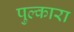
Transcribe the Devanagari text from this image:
पुल्कारा